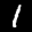
Label: 1